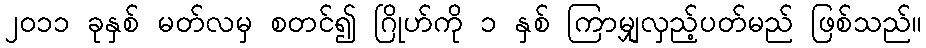
၂၀၁၁ ခုနှစ် မတ်လမှ စတင်၍ ဂြိုဟ်ကို ၁ နှစ် ကြာမျှလှည့်ပတ်မည် ဖြစ်သည်။